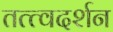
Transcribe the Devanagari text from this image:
तत्त्वदर्शन